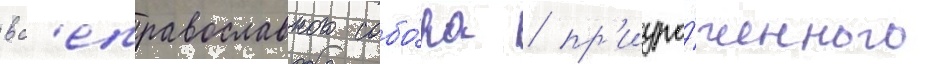
вс'еправославного собо́ра / пр'иуро́ченного